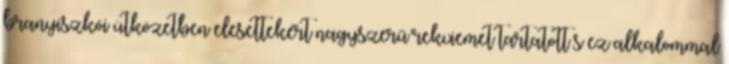
branyiszkói ütközetben elesettekért nagyszerű rekviemet tartatott s ez alkalommal